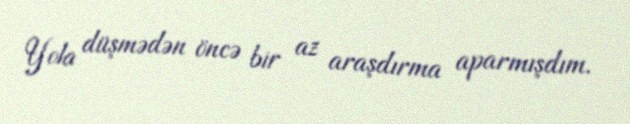
Yola düşmədən öncə bir az araşdırma aparmışdım.